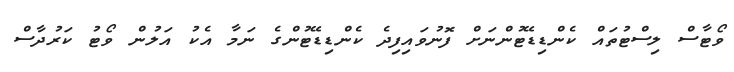
ވޯޓާސް ލިސްޓުތައް ކެންޑިޑޭޓުންނަށް ފޮނުވައިފިދެ ކެންޑިޑޭޓުންގެ ނަމާ އެކު އަލުން ވޯޓު ކަރުދާސް